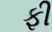
ફી